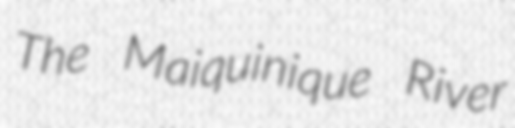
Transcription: The Maiquinique River